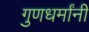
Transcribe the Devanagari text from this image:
गुणधर्मांनी